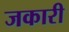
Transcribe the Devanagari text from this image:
जकारी